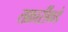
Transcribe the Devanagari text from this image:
तक्रारींकडे